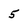
Character: 5